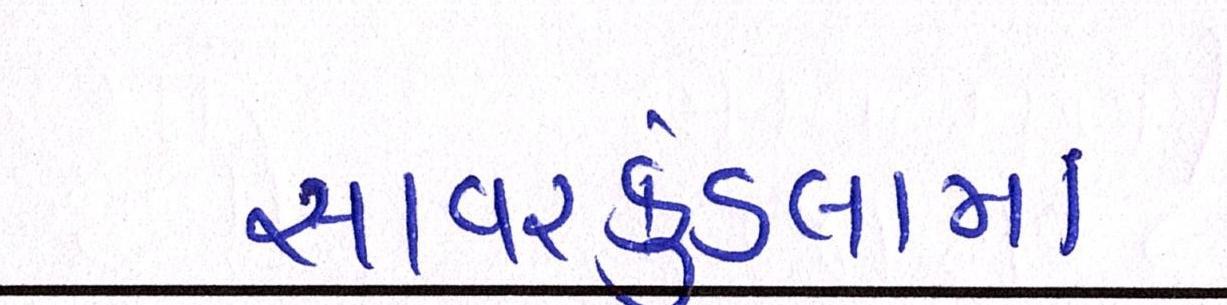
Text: સાવરકુંડલામાં